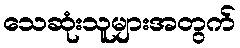
သေဆုံးသူများအတွက်